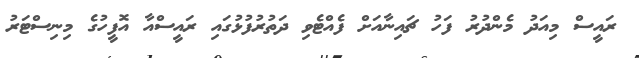
ރައީސް މިއަދު މެންދުރު ފަހު ޗައިނާއަށް ފެއްޓެވި ދަތުރުފުޅުގައި ރައީސްއާ އޮފީހުގެ މިނިސްޓަރު